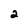
Character: 2